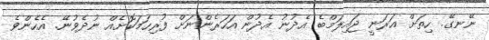
ނޭނގޭ. ހިތަށް އަރަނީ ޖައިލަމްބެ އެދުނު އެދުން އަހަރެންނަށް ފުރިހަމަކޮށެއް ނުދެވުނޭ. އެހެންވެ